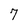
Character: 7